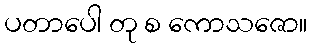
ပတာပေါ တု စ ကောသဇော။